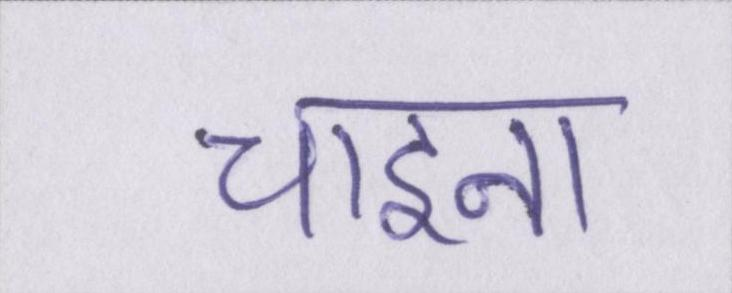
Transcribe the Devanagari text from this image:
चाइना